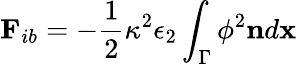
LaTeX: \mathbf{F}_{ib}=-\frac{1}{2}\kappa^{2}\epsilon_{2}\int_{\Gamma}\phi^{2}\mathbf{n}d\mathbf{x}